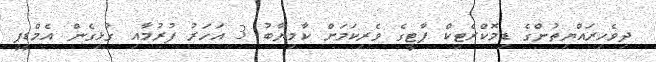
ދިވެހިރައްޔިތުންގެ ޑިމޮކްރެޓިކް ޕާޓީގެ ވެރިކަމަށް ކާމިޔާބު 3 އަހަރު ފުރުމާއި ގުޅިގެން އެމްޑީޕީ